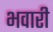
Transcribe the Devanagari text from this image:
भवारी